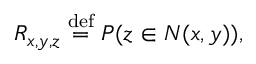
R _ { x , y , z } \stackrel { \mathrm { d e f } } { = } P ( z \in N ( x , y ) ) ,